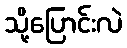
သို့ပြောင်းလဲ